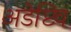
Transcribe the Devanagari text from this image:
अडेप्टिव